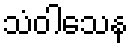
သံဝါသေန